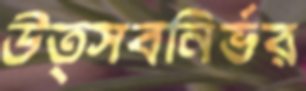
উত্সবনির্ভর